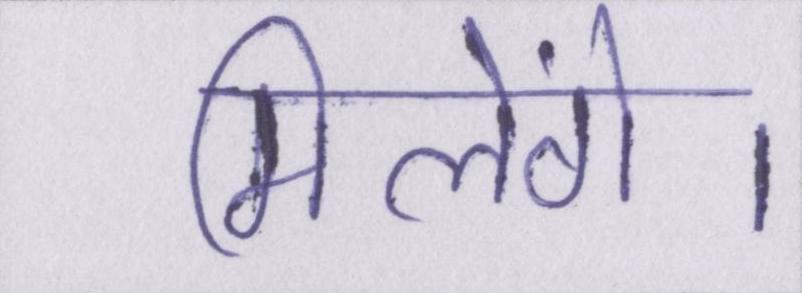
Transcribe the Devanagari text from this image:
मिलेंगे।